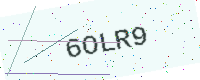
Text: 6OLR9